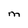
Character: m